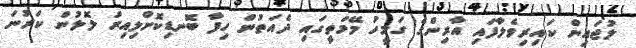
ލުޖައިން ކައިރިވެލާފައި އާރިންގެ ގަމީހު މޭމަތީގައި ދެއަތުން ހިފާ ބޮނޑިކޮށްލިއިރު ލޮލުން ކަރުނަ